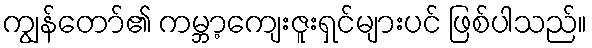
ကျွန်တော်၏ ကမ္ဘာ့ကျေးဇူးရှင်များပင် ဖြစ်ပါသည်။